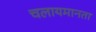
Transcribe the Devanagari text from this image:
चलायमानता